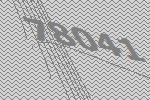
78041